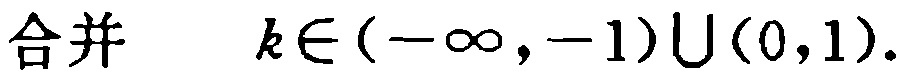
合并 \(k\in(-\infty,-1)\cup(0,1)\).